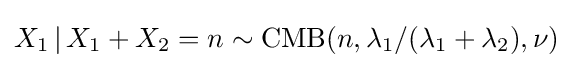
X_{1}\,|\,X_{1}+X_{2}=n\sim \operatorname {CMB} (n,\lambda _{1}/(\lambda _{1}+\lambda _{2}),\nu )